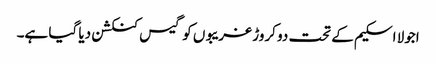
اجولا اسکیم کے تحت دو کروڑ غریبوں کو گیس کنکشن دیا گیا ہے۔